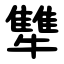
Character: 犨